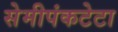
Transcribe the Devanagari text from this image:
सेमीपंकटेटा